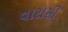
વારાસી